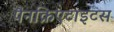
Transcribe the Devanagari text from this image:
पैनक्रिएटाइटस